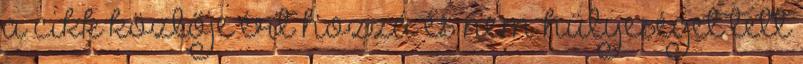
a cikk közlője ért hozzá és nem hülyeséget tett